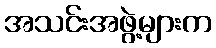
အသင်းအဖွဲ့များက